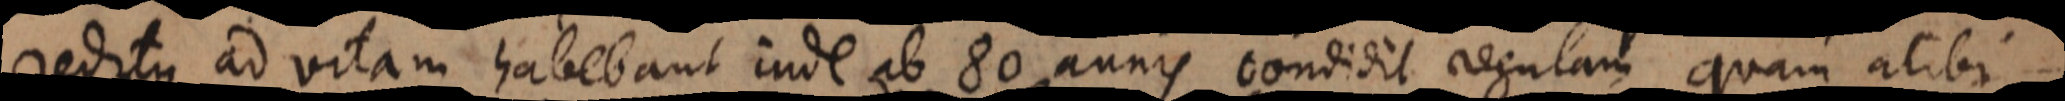
reditus ad vitam habebant inde ab 80 annis condidit regulam quam alibi